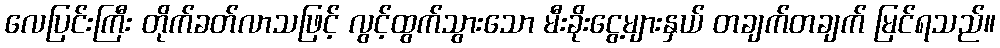
လေပြင်းကြီး တိုက်ခတ်လာသဖြင့် လွင့်ထွက်သွားသော မီးခိုးငွေ့များနှယ် တချက်တချက် မြင်ရသည်။